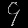
Digit: ၄